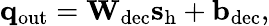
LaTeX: \mathbf{q}_{\mathrm{out}}=\mathbf{W}_{\mathrm{dec}}\mathbf{s}_{\mathrm{h}}+\mathbf{b}_{\mathrm{dec}},